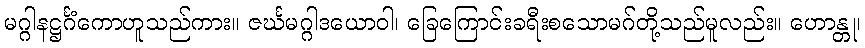
မဂ္ဂါနဋ္ဌင်္ဂံကောဟူသည်ကား။ ဇင်္ဃမဂ္ဂါဒယောဝါ၊ ခြေကြောင်းခရီးစသောမဂ်တို့သည်မူလည်း။ ဟောန္တု၊